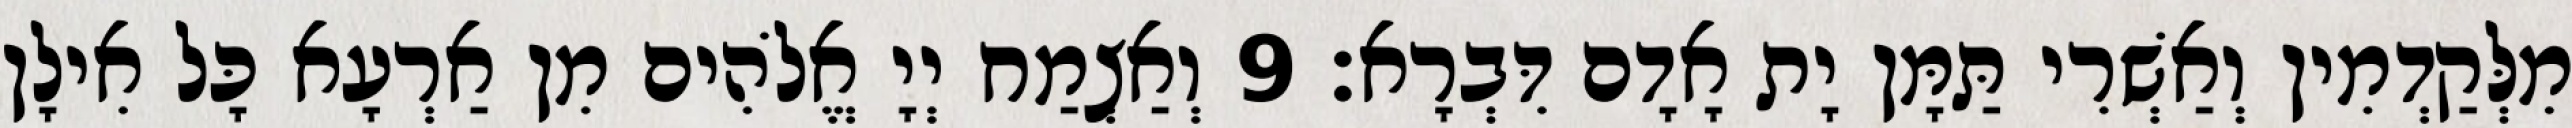
מִלְּקַדְמִין וְאַשְׁרִי תַּמָּן יָת אָדָם דִּבְרָא׃ 9 וְאַצְמַח יְיָ אֱלֹהִים מִן אַרְעָא כָּל אִילָן